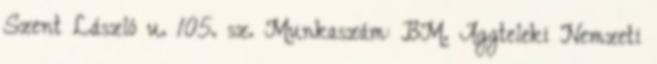
Szent László u. 105. sz. Munkaszám: BM. Aggteleki Nemzeti